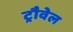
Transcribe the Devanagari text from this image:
ट्रौवेल